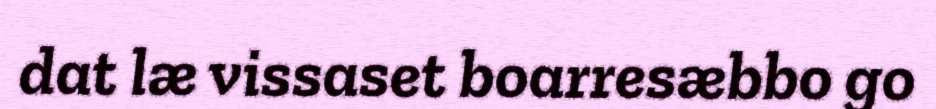
dat læ vissaset boarresæbbo go